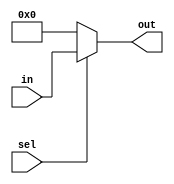
module MUX2 (out, in, sel);

    input [32:0] in;
    input [0:0] sel;

    output reg [32:0] out;

    always @(in or sel)
    begin
        if(sel == 1'b1)
            out = in;
        else
            out = 33'd0;
    end
endmodule